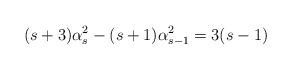
\begin{align*}(s+3)\alpha _{s}^{2}-(s+1)\alpha _{s-1}^{2}=3(s-1)\end{align*}